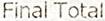
FINAL TOTAL